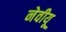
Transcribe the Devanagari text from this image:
नेवीयू